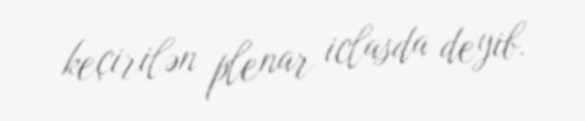
keçirilən plenar iclasda deyib.